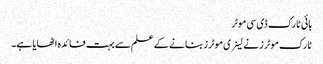
ہائی ٹارک ڈی سی موٹر
ٹارک موٹرز نے لینری موٹرز بنانے کے علم سے بہت فائدہ اٹھایا ہے۔